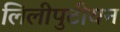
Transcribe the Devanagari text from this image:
लिलीपुटीयन